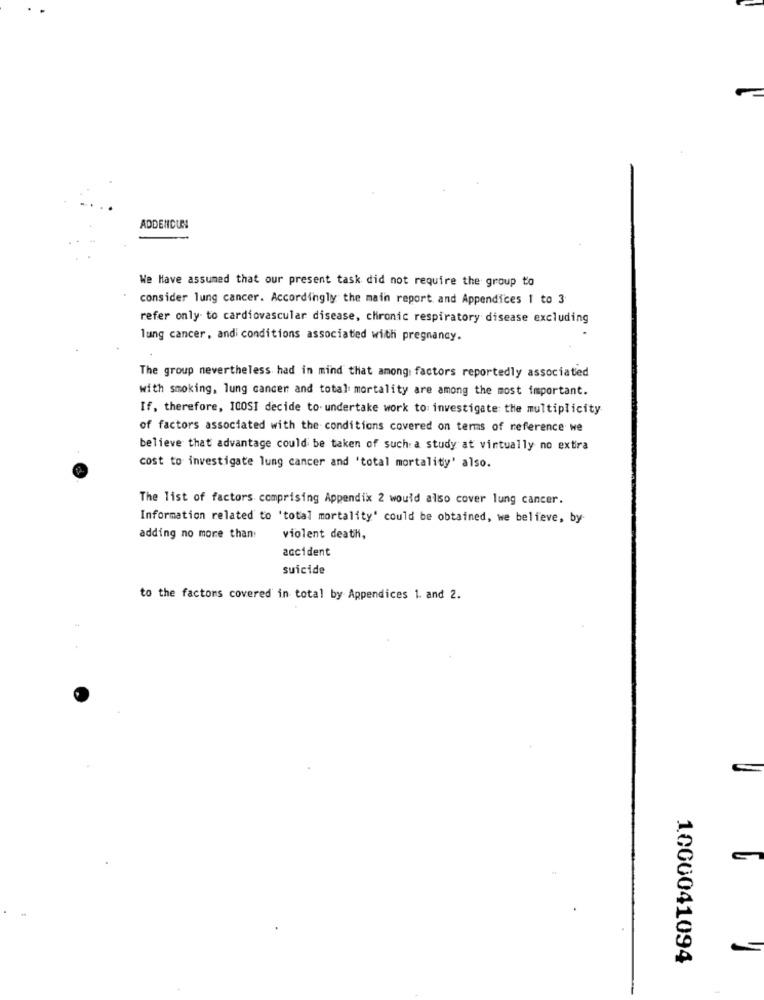
ADDENDUM
We Have assumed that our present task did not require the group to
consider lung cancer. Accordingly the main report and Appendices 1 to 3
refer only to cardiovascular disease, chronic respiratory disease excluding
lung cancer, andi conditions associated with pregnancy.
The group nevertheless had in mind that among: factors reportedly associated
with smoking, lung cancer and total mortality are among the most important.
If, therefore, ICOSI decide to- undertake work to investigate the multiplicity
of factors associated with the conditions covered on terms of reference we
believe that advantage could be taken of such a study at virtually no extra
cost to investigate lung cancer and 'total mortality' also.
The list of factors comprising Appendix 2 would also cover lung cancer.
Information related to 'total mortality' could be obtained, we believe, by
adding no more than:
violent death,
accident
suicide
to the factors covered in total by Appendices 1. and 2.
1000041094